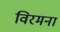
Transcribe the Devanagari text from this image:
विरमना